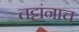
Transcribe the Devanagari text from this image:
तट्टांनाच